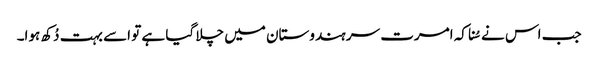
جب اس نے سُنا کہ امرت سر ہندوستان میں چلا گیا ہے تو اسے بہت دُکھ ہوا۔